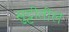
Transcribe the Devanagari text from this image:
सुट्टीतील